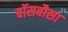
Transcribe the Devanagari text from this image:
बॉसबौसा